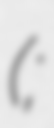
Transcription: (;